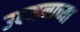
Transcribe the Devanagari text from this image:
उदजनाच्या